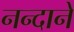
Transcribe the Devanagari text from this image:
नन्दाने